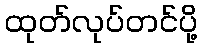
ထုတ်လုပ်တင်ပို့